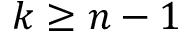
k \geq n - 1